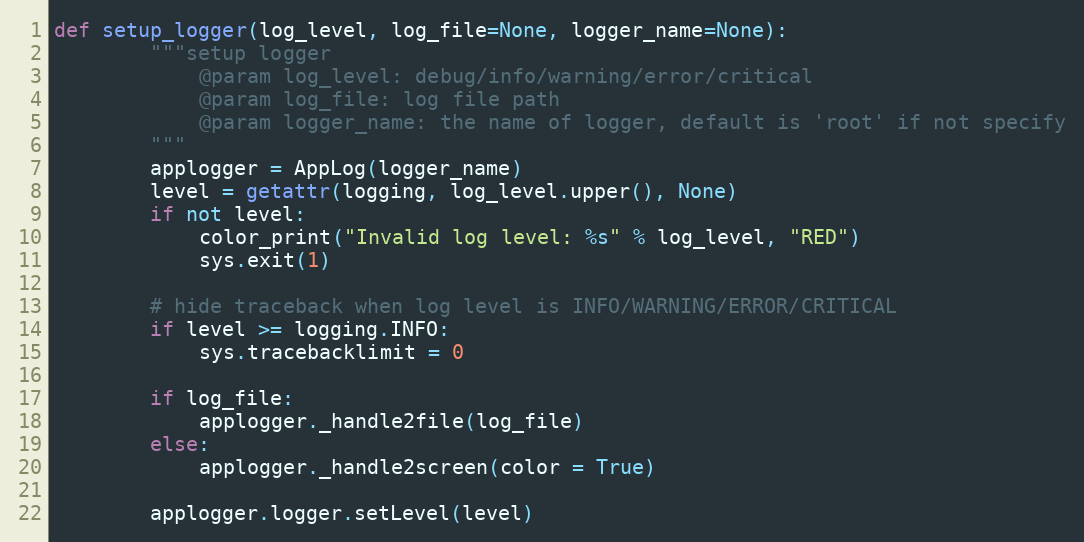
Language: Python
def setup_logger(log_level, log_file=None, logger_name=None):
        """setup logger
            @param log_level: debug/info/warning/error/critical
            @param log_file: log file path
            @param logger_name: the name of logger, default is 'root' if not specify
        """
        applogger = AppLog(logger_name)
        level = getattr(logging, log_level.upper(), None)
        if not level:
            color_print("Invalid log level: %s" % log_level, "RED")
            sys.exit(1)

        # hide traceback when log level is INFO/WARNING/ERROR/CRITICAL
        if level >= logging.INFO:
            sys.tracebacklimit = 0

        if log_file:
            applogger._handle2file(log_file)
        else:
            applogger._handle2screen(color = True)

        applogger.logger.setLevel(level)